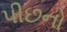
પીછનો